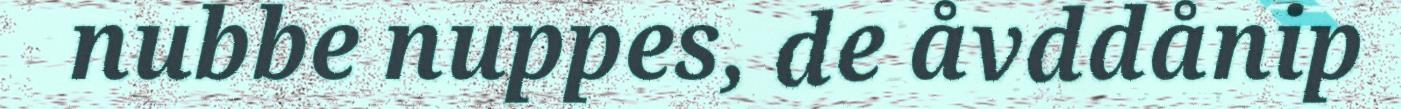
nubbe nuppes, de åvddånip